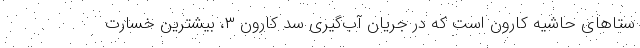
ستاهای حاشیه کارون است که در جریان آب‌گیری سد کارون ۳، بیشترین خسارت